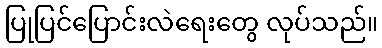
ပြုပြင်ပြောင်းလဲရေးတွေ လုပ်သည်။